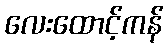
လေးထောင့်ကန်